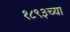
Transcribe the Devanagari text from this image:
१८९३च्या